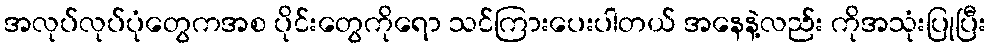
အလုပ်လုပ်ပုံတွေကအစ ပိုင်းတွေကိုရော သင်ကြားပေးပါတယ် အနေနဲ့လည်း ကိုအသုံးပြုပြီး